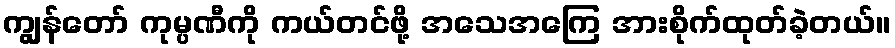
ကျွန်တော် ကုမ္ပဏီကို ကယ်တင်ဖို့ အသေအကြေ အားစိုက်ထုတ်ခဲ့တယ်။